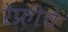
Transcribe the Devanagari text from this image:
रेफ्रींचे